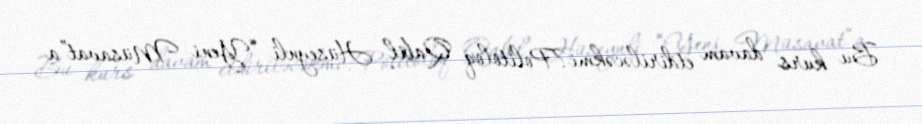
Bu kurs davam etdiriləcəkmi?Politoloq Qabil Hüseynli “Yeni Müsavat”a